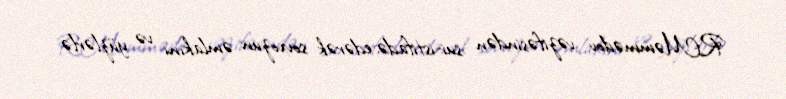
R.Məmmədov vəzifəsindən sui-istifadə edərək sovxozun əmlakını və yüzlərlə